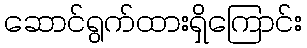
ဆောင်ရွက်ထားရှိကြောင်း